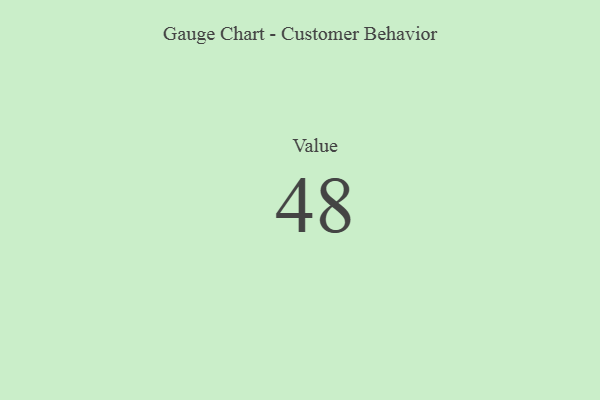
{"axis": {"x": "Metric", "y": "Value"}, "legend": [""], "data": [{"x": "Value", "y": 48, "type": ""}]}